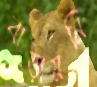
বাড়ায়নি